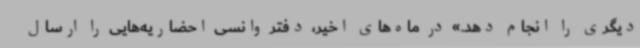
دیگری را انجام دهد.» در ماه‌های اخیر، دفتر وانسی احضاریه‌هایی را ارسال